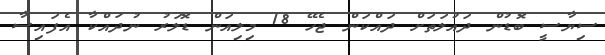
ސިޔާސީ ބޮޑުން ދައުލަތަށް ދައްކަން ޖެހޭ 18 މިލިއަން ޑޮލަރު ނުދައްކާ އެފައިސާ